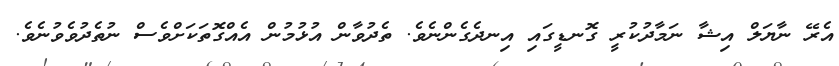
އެރޭ ނާޔަލް އިޝާ ނަމާދުކުރީ ގޮނޑީގައި އިނދެގެންނެވެ. ތެދުވާން އުޅުމުން އެއްގޮތަކަށްވެސް ނުތެދުވެވުނެވެ.